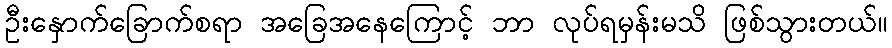
ဦးနှောက်ခြောက်စရာ အခြေအနေကြောင့် ဘာ လုပ်ရမှန်းမသိ ဖြစ်သွားတယ်။